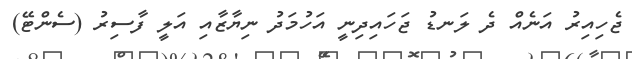
ޖެހިއިރު އަނެއް ދެ ލަނޑު ޖަހައިދިނީ އަހުމަދު ނިޔާޒާއި އަލީ ފާސިރު (ސެންޓޭ)